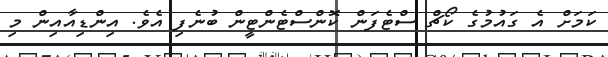
ކަމަށް އެ ގައުމުގެ ކޯޗް ސްޓެފަން ކޮންސްޓެންޓީން ބުނެފި އެވެ. އިންޑިއާއިން މި